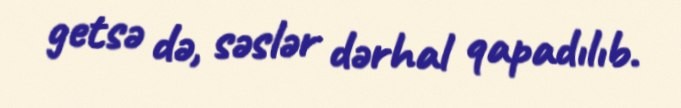
getsə də, səslər dərhal qapadılıb.